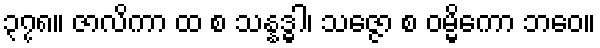
၃၇၈။ ဇာလိကာ ထ စ သန္နဒ္ဓါ၊ သဇ္ဇော စ ဝမ္မိကော ဘဝေ။